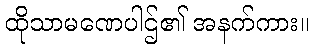
ထိုသာမဏေပါဌ်၏ အနက်ကား။